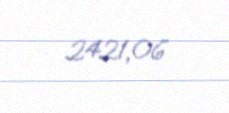
2421,06